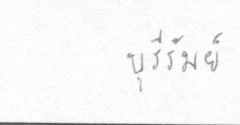
บุรีรัมย์